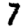
Digit: 7